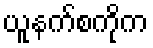
ယူနက်စကိုက